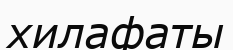
хилафаты